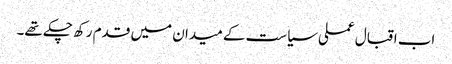
اب اقبال عملی سیاست کے میدان میں قدم رکھ چکے تھے۔